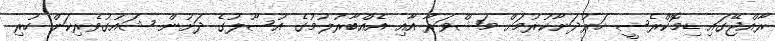
ރާއްޖޭގައި ޑިމޮކްރެސީ ހަރުދަނާކުރުމަށް މަޝްވަރާ އާއި އެއްބާރުލުމުގެ އުސޫލުގެ ދަށުން ޝައުގުވެރިކަން ހުރި